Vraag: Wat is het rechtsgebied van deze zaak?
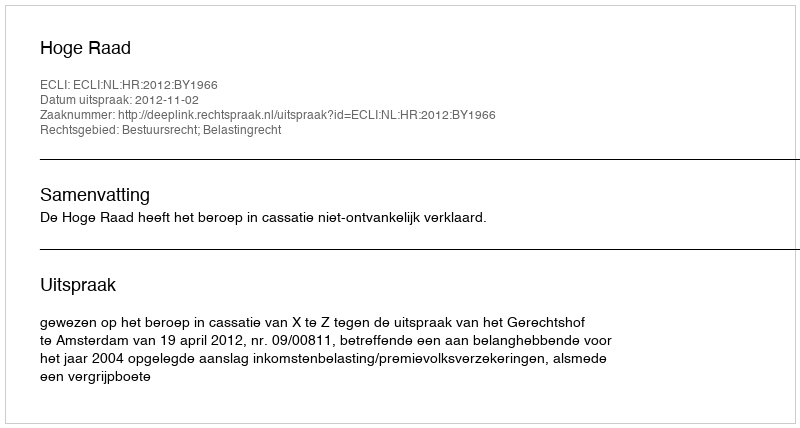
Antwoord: Bestuursrecht; Belastingrecht